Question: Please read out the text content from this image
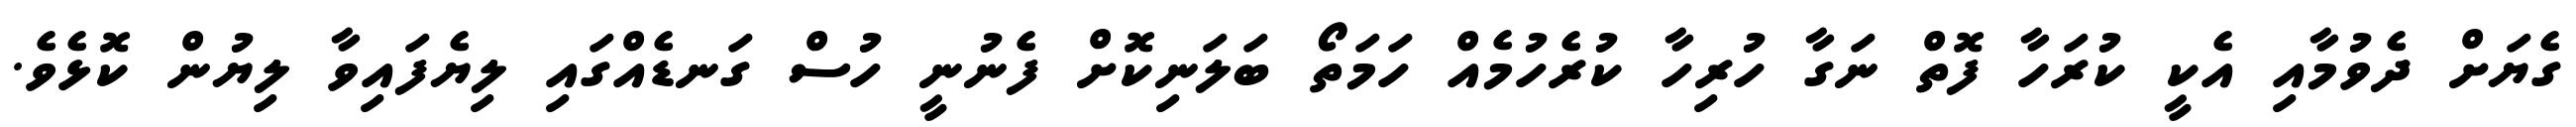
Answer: ގެޔަށް ދެވުމާއި އެކީ ކުރަހާ ފޮތް ނަގާ ހުރިހާ ކުރެހުމެއް ހަމަތޯ ބަލަނިކޮށް ފެނުނީ ހުސް ގަނޑެއްގައި ލިޔެފައިވާ ލިޔުން ކޮޅެވެ.